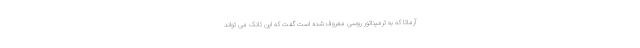
آرماتا که به ترمیناتور روسی معروف شده است گفت که این تانک می تواند